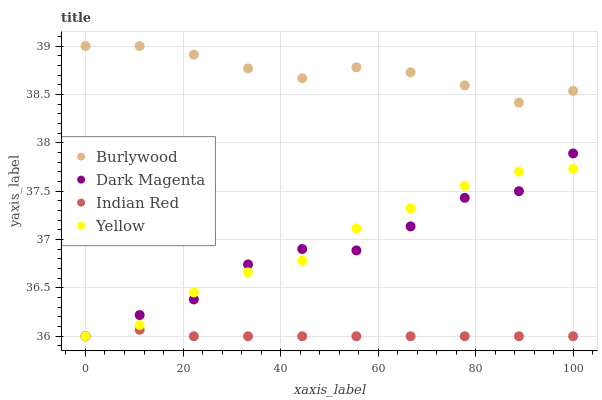
| xaxis_label | Burlywood | Dark Magenta | Indian Red | Yellow |
 | --- | --- | --- | --- | --- |
 | 0 | 39 | 36 | 36 | 36 |
 | 11.1 | 39 | 36.2 | 36.1 | 36.1 |
 | 22.2 | 38.9 | 36.4 | 36 | 36.5 |
 | 33.3 | 38.8 | 36.7 | 36 | 36.7 |
 | 44.4 | 38.7 | 36.9 | 36 | 36.8 |
 | 55.6 | 38.8 | 36.9 | 36 | 37.1 |
 | 66.7 | 38.7 | 37.1 | 36 | 37.3 |
 | 77.8 | 38.6 | 37.4 | 36 | 37.6 |
 | 88.9 | 38.4 | 37.5 | 36 | 37.7 |
 | 100 | 38.5 | 37.9 | 36 | 37.7 |